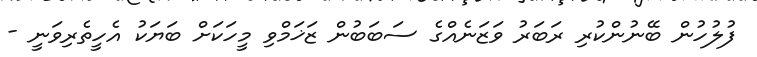
ފުލުހުން ބޭނުންކުރި ރަބަރު ވަޒަނެއްގެ ސަބަބުން ޒަޚަމްވި މީހަކަށް ބަޔަކު އެހީތެރިވަނީ -